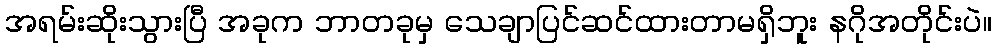
အရမ်းဆိုးသွားပြီ အခုက ဘာတခုမှ သေချာပြင်ဆင်ထားတာမရှိဘူး နဂိုအတိုင်းပဲ။